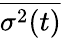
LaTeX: \overline{{\sigma^{2}(t)}}